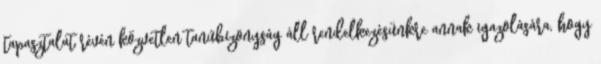
tapasztalat révén közvetlen tanúbizonyság áll rendelkezésünkre annak igazolására, hogy